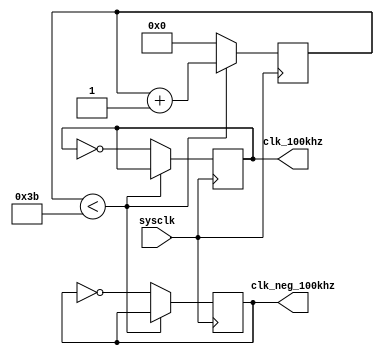
`timescale 1ns / 1ps
//////////////////////////////////////////////////////////////////////////////////
// Company: 
// Engineer: 
// 
// Design Name: 
// Module Name: clk_100khz
// Project Name: 
// Target Devices: 
// Tool Versions: 
// Description: 
// 
// Dependencies: 
// 
// Revision:
// Revision 0.01 - File Created
// Additional Comments:
// 
//////////////////////////////////////////////////////////////////////////////////


module clk_100khz(
    input sysclk,
    output reg clk_100khz = 0,
    output reg clk_neg_100khz = 1
    );
    
    reg [5:0] counter = 0;
    
    always @ (posedge sysclk) begin
        if (counter < 59) begin
            counter <= counter + 1;
        end else begin
            counter <= 0;
            clk_100khz <= ~ clk_100khz;
            clk_neg_100khz <= ~ clk_neg_100khz;
        end
    end 
endmodule